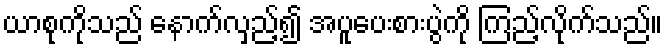
ယာစုကိုသည် နောက်လှည့်၍ အပူပေးစားပွဲကို ကြည့်လိုက်သည်။